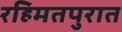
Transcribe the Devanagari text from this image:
रहिमतपुरात